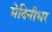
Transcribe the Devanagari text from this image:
मेदिनीधर